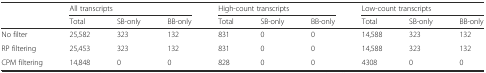
|  | <COLSPAN=3> All transcripts | <COLSPAN=3> High-count transcripts | <COLSPAN=3> Low-count transcripts |
 |  | Total | SB-only | BB-only | Total | SB-only | BB-only | Total | SB-only | BB-only |
 | --- | --- | --- | --- | --- | --- | --- | --- | --- | --- |
 | No filter | 25,582 | 323 | 132 | 831 | 0 | 0 | 14,588 | 323 | 132 |
 | RP filtering | 25,453 | 323 | 132 | 831 | 0 | 0 | 14,588 | 323 | 132 |
 | CPM filtering | 14,848 | 0 | 0 | 828 | 0 | 0 | 4308 | 0 | 0 |